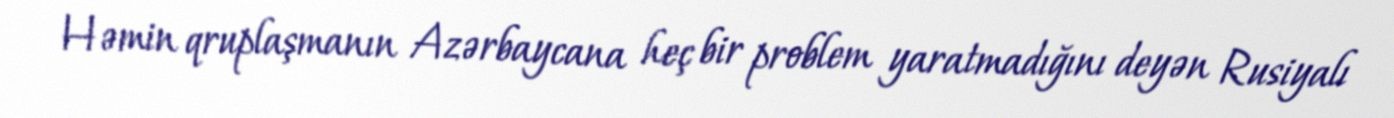
Həmin qruplaşmanın Azərbaycana heç bir problem yaratmadığını deyən Rusiyalı